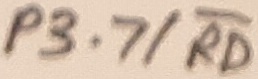
Text: P3.7/RD